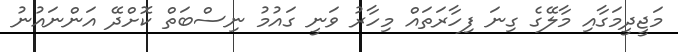
މަޖީދީމަގާއި މާލޭގެ ގިނަ ފިހާރަތައް މިހާރު ވަނީ ގައުމު ނިސްބަތް ކޮށްދޭ އަންނައުނު